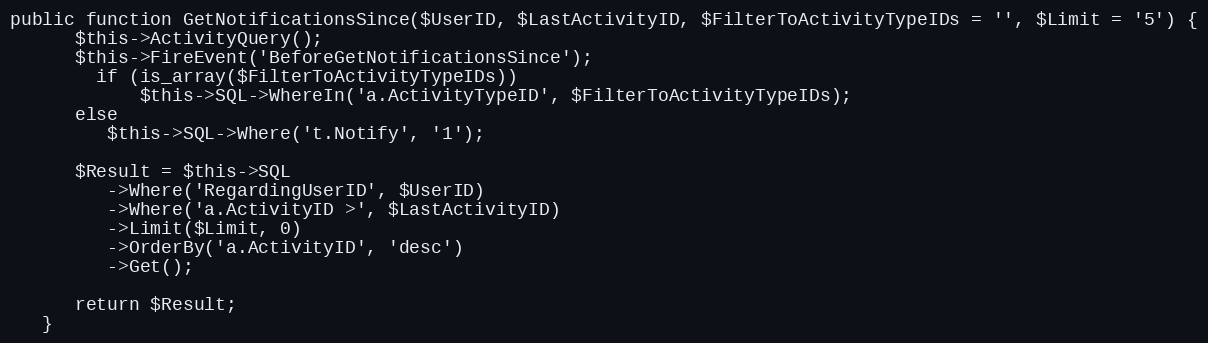
Language: PHP
public function GetNotificationsSince($UserID, $LastActivityID, $FilterToActivityTypeIDs = '', $Limit = '5') {
      $this->ActivityQuery();
      $this->FireEvent('BeforeGetNotificationsSince');
		if (is_array($FilterToActivityTypeIDs))
			$this->SQL->WhereIn('a.ActivityTypeID', $FilterToActivityTypeIDs);
      else
         $this->SQL->Where('t.Notify', '1');

      $Result = $this->SQL
         ->Where('RegardingUserID', $UserID)
         ->Where('a.ActivityID >', $LastActivityID)
         ->Limit($Limit, 0)
         ->OrderBy('a.ActivityID', 'desc')
         ->Get();

      return $Result;
   }